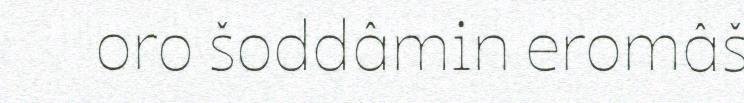
oro šoddâmin eromâš